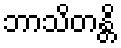
ဘာသိတန္တိ